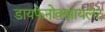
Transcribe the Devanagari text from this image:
डायफेनोक्झायलेट